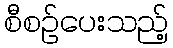
စီစဉ်ပေးသည့်